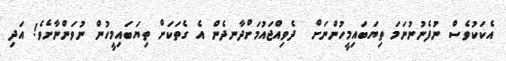
އެކަކުވެސް ނުފެނުނުނަމަ ތިޔަބައިމީހުންނަށް  ދެވިއްޖައުމަށްދާނދެން އެ ގެތަކަށް ތިޔަބައިމީހުން ނުވަންނާށެވެ! އަދި